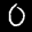
Label: 0